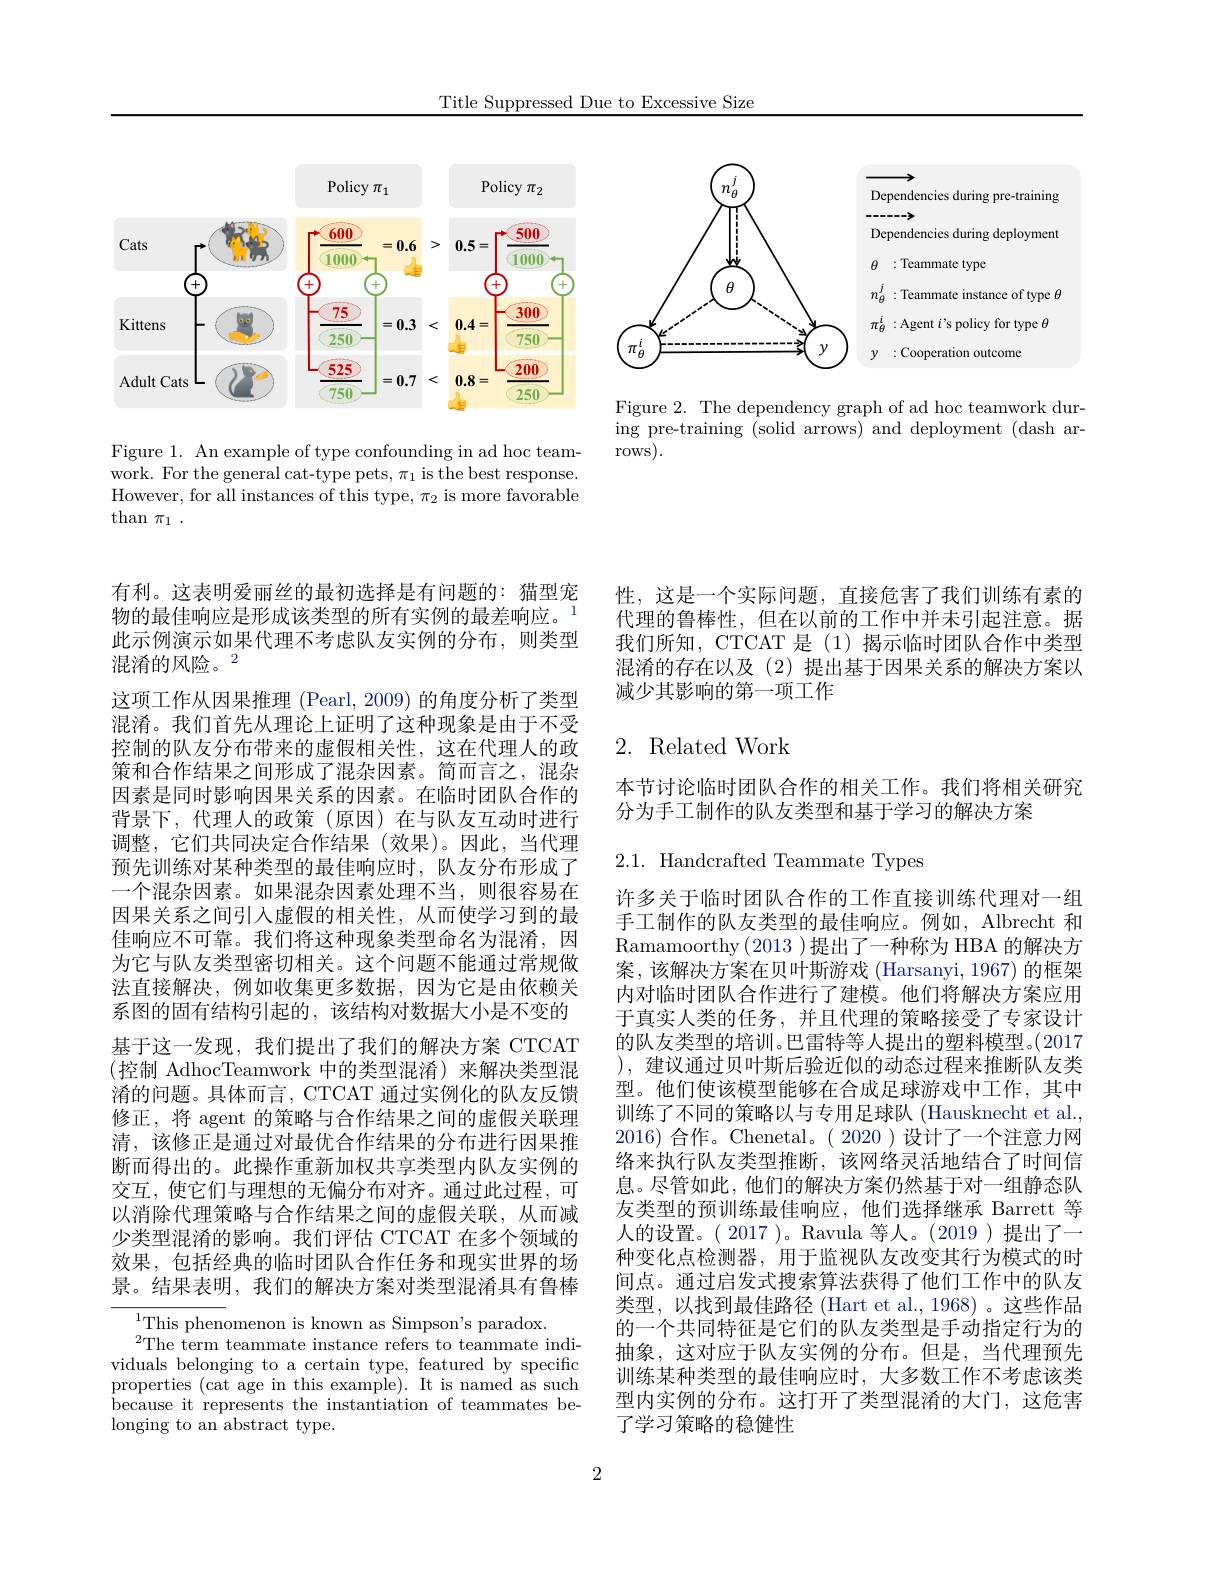
Title Suppressed Due to Excessive Size

<FigureHere>

Figure 1. An example of type confounding in ad hoc teamwork. For the general cat-type pets, $\pi_1$ is the best response. However, for all instances of this type, $\pi_2$ is more favorable than $\pi_1.$

<FigureHere>

Figure 2. The dependency graph of ad hoc teamwork during pre-training (solid arrows) and deployment (dash ar- $\operatorname{rows}).$

有利。这表明爱丽丝的最初选择是有问题的：猫型宠物的最佳响应是形成该类型的所有实例的最差响应。$^{1}$ 此示例演示如果代理不考虑队友实例的分布，则类型混淆的风险。2
这项工作从因果推理 (Pearl, 2009) 的角度分析了类型混淆。我们首先从理论上证明了这种现象是由于不受控制的队友分布带来的虚假相关性，这在代理人的政策和合作结果之间形成了混杂因素。简而言之，混杂因素是同时影响因果关系的因素。在临时团队合作的背景下，代理人的政策(原因)在与队友互动时进行调整，它们共同决定合作结果(效果)。因此，当代理预先训练对某种类型的最佳响应时，队友分布形成了一个混杂因素。如果混杂因素处理不当，则很容易在因果关系之间引入虚假的相关性，从而使学习到的最佳响应不可靠。我们将这种现象类型命名为混淆，因为它与队友类型密切相关。这个问题不能通过常规做法直接解决，例如收集更多数据，因为它是由依赖关系图的固有结构引起的，该结构对数据大小是不变的基于这一发现，我们提出了我们的解决方案 CTCAT (控制 AdhocTeamwork 中的类型混淆)来解决类型混淆的问题。具体而言，CTCAT 通过实例化的队友反馈修正，将 agent 的策略与合作结果之间的虚假关联理清，该修正是通过对最优合作结果的分布进行因果推断而得出的。此操作重新加权共享类型内队友实例的交互，使它们与理想的无偏分布对齐。通过此过程，可以消除代理策略与合作结果之间的虚假关联，从而减少类型混淆的影响。我们评估 CTCAT 在多个领域的效果，包括经典的临时团队合作任务和现实世界的场景。结果表明，我们的解决方案对类型混淆具有鲁棒
$^{1}$This phenomenon is known as Simpson's paradox.

$^2$The term teammate instance refers to teammate individuals belonging to a certain type, featured by specific properties (cat age in this example).It is named as such because it represents the instantiation of teammates belonging to an abstract type.

性，这是一个实际问题，直接危害了我们训练有素的代理的鲁棒性，但在以前的工作中并未引起注意。据我们所知，CTCAT 是(1)揭示临时团队合作中类型混淆的存在以及(2)提出基于因果关系的解决方案以减少其影响的第一项工作

# 2. Related Work

本节讨论临时团队合作的相关工作。我们将相关研究
分为手工制作的队友类型和基于学习的解决方案

2.1. Handcrafted Teammate Types

许多关于临时团队合作的工作直接训练代理对一组手工制作的队友类型的最佳响应。例如，Albrecht 和Ramamoorthy(2013 )提出了一种称为 HBA 的解决方案，该解决方案在贝叶斯游戏(Harsanyi,1967)的框架内对临时团队合作进行了建模。他们将解决方案应用于真实人类的任务，并且代理的策略接受了专家设计的队友类型的培训。巴雷特等人提出的塑料模型。(2017 ),建议通过贝叶斯后验近似的动态过程来推断队友类型。他们使该模型能够在合成足球游戏中工作，其中训练了不同的策略以与专用足球队 (Hausknecht et al. 2016) 合作。Chenetal。( 2020 )设计了一个注意力网络来执行队友类型推断，该网络灵活地结合了时间信息。尽管如此，他们的解决方案仍然基于对一组静态队友类型的预训练最佳响应，他们选择继承 Barrett 等人的设置。( 2017 )。Ravula 等人。(2019 )提出了一种变化点检测器，用于监视队友改变其行为模式的时间点。通过启发式搜索算法获得了他们工作中的队友类型，以找到最佳路径 (Hart et al.,1968)。这些作品的一个共同特征是它们的队友类型是手动指定行为的抽象，这对应于队友实例的分布。但是，当代理预先训练某种类型的最佳响应时，大多数工作不考虑该类型内实例的分布。这打开了类型混淆的大门，这危害了学习策略的稳健性

2